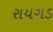
રાયગડ